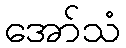
အော်သံ